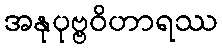
အနုပုဗ္ဗဝိဟာရဿ